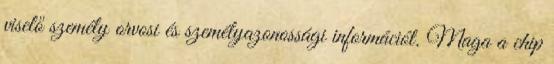
viselő személy orvosi és személyazonossági információt. Maga a chip